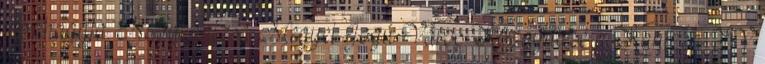
jóváhagyja. Nagykanizsa Megyei Jogú Város Közgyűlése a Kanizsa TV